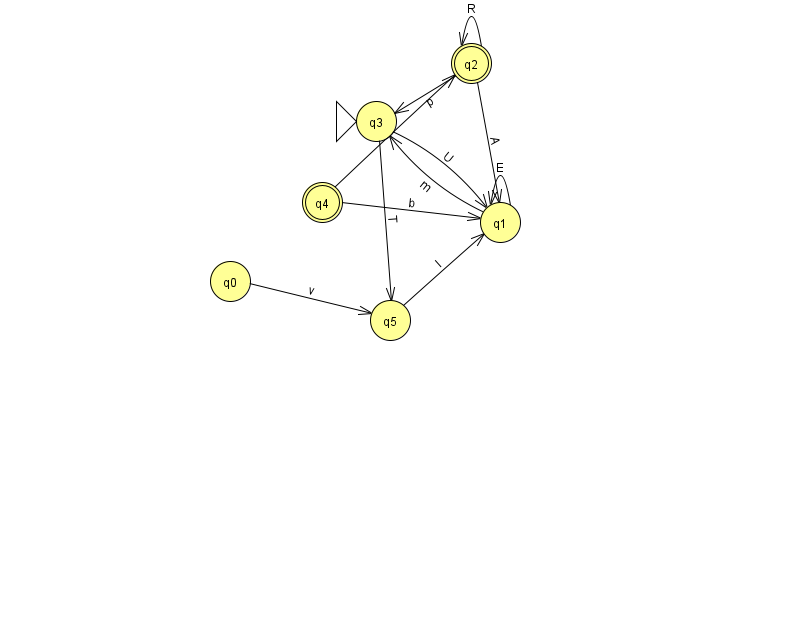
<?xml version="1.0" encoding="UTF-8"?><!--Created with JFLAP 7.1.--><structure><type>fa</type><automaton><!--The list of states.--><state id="0" name="q0"><x>230.0</x><y>268.0</y></state><state id="1" name="q1"><x>500.0</x><y>209.0</y></state><state id="2" name="q2"><x>471.0</x><y>50.0</y><final/></state><state id="3" name="q3"><x>376.0</x><y>108.0</y><initial/></state><state id="4" name="q4"><x>322.0</x><y>189.0</y><final/></state><state id="5" name="q5"><x>390.0</x><y>307.0</y></state><!--The list of transitions.--><transition><from>1</from><to>3</to><read>m</read></transition><transition><from>2</from><to>2</to><read>R</read></transition><transition><from>1</from><to>1</to><read>E</read></transition><transition><from>2</from><to>1</to><read>A</read></transition><transition><from>3</from><to>1</to><read>U</read></transition><transition><from>4</from><to>1</to><read>b</read></transition><transition><from>5</from><to>1</to><read>l</read></transition><transition><from>2</from><to>3</to><read>p</read></transition><transition><from>3</from><to>5</to><read>T</read></transition><transition><from>0</from><to>5</to><read>v</read></transition><transition><from>4</from><to>2</to><read>s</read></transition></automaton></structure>